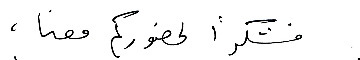
فشكراً لحضوركم معنا ،